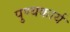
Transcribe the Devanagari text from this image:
पुण्यकार्य